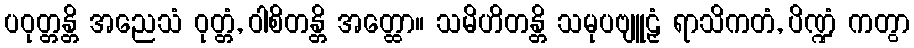
ပဝုတ္တန္တိ အညေသံ ဝုတ္တံ, ဝါစိတန္တိ အတ္ထော။ သမိဟိတန္တိ သမုပဗျူဠှံ ရာသိကတံ, ပိဏ္ဍံ ကတွာ